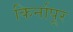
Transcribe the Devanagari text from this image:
किर्नापूर